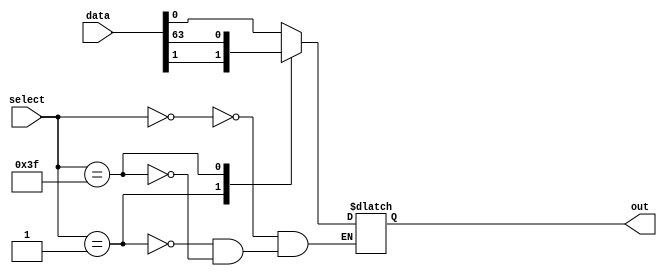
module mux64to1 (
    input [63:0] data,
    input [5:0] select,
    output reg out
);

always @(*) begin
    case (select)
        6'b000000: out = data[0];
        6'b000001: out = data[1];
        // continue for all 64 input lines
        6'b111111: out = data[63];
    endcase
end

endmodule